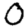
Digit: 0